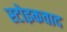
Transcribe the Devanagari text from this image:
स्टोइकवाद